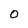
Character: O